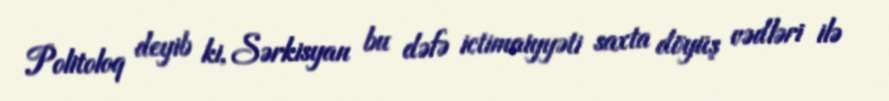
Politoloq deyib ki, Sərkisyan bu dəfə ictimaiyyəti saxta döyüş vədləri ilə